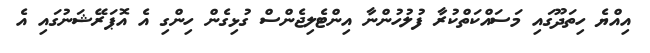
އިއްޔެ ހިތަދޫގައި މަސައްކަތްކުރާ ފުލުހުންނާ އިންޓެލިޖެންސް ގުޅިގެން ހިންގި އެ އޮޕަރޭޝަނުގައި އެ